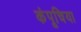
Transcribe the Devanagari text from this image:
कंपूचिया